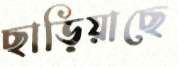
ছাড়িয়াছে